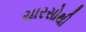
ચારસોથી